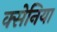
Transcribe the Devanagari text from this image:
क्सेनिया